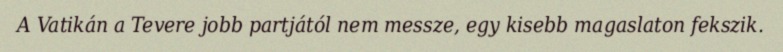
A Vatikán a Tevere jobb partjától nem messze, egy kisebb magaslaton fekszik.